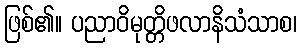
ဖြစ်၏။ ပညာဝိမုတ္တိဖလာနိသံသာစ၊